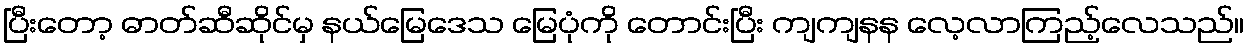
ပြီးတော့ ဓာတ်ဆီဆိုင်မှ နယ်မြေဒေသ မြေပုံကို တောင်းပြီး ကျကျနန လေ့လာကြည့်လေသည်။